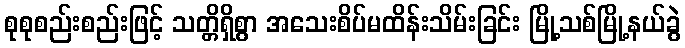
စုစုစည်းစည်းဖြင့် သတ္တိရှိစွာ အသေးစိပ်မထိန်းသိမ်းခြင်း မြို့သစ်မြို့နယ်ခွဲ